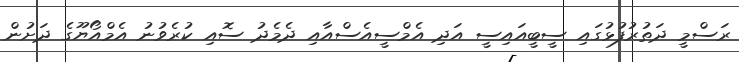
ރަސްމީ ދަތުރުފުޅުގައި ސީބީއައިސީ އަދި އެމްސީއެސްއާއި ދެމެދު ސޮއި ކުރެވުނު އެމްއޯޔޫގެ ދަށުން